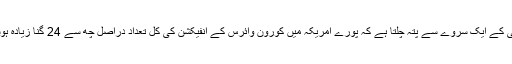
سی ڈی سی کے ایک سروے سے پتہ چلتا ہے کہ پورے امریکہ میں کورون وائرس کے انفیکشن کی کل تعداد دراصل چھ سے 24 گنا زیادہ ہوسکتی ہے۔